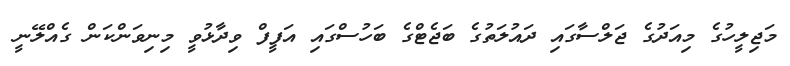
މަޖިލީހުގެ މިއަދުގެ ޖަލްސާގައި ދައުލަތުގެ ބަޖެޓްގެ ބަހުސްގައި އަފީފް ވިދާޅުވީ މިނިވަންކަން ގެއްލޭނީ